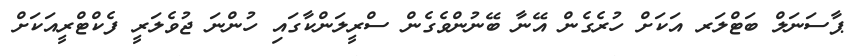
ޕާސަނަލް ބަޓްލަރ އަކަށް ހުރެގެން އޭނާ ބޭނުންވެގެން ސްރީލަންކާގައި ހުންނަ ޖުވެލަރީ ފެކްޓްރީއަކަށް